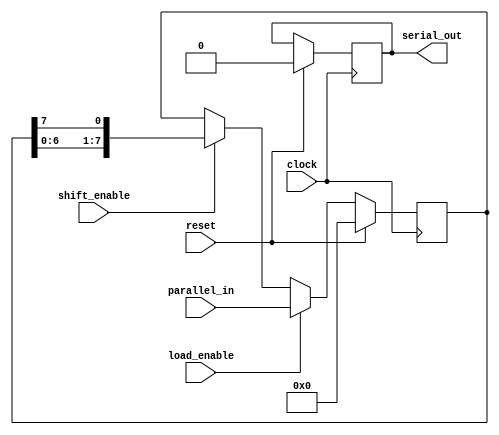
module piso_register(
    input clock,
    input reset,
    input shift_enable,
    input load_enable,
    input [7:0] parallel_in,
    output reg serial_out
);

reg [7:0] data_register;

always @(posedge clock) begin
    if (reset) begin
        data_register <= 8'b0;
        serial_out <= 1'b0;
    end else begin
        if (load_enable) begin
            data_register <= parallel_in;
        end else begin
            if (shift_enable) begin
                data_register <= {data_register[6:0], data_register[7]};
            end
        end
    end
end

assign serial_out = data_register[0];

endmodule